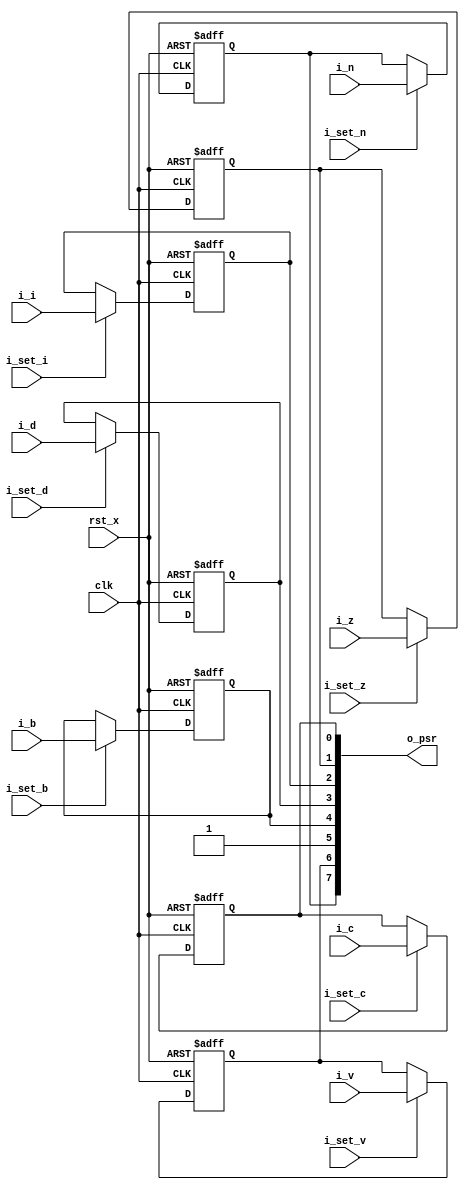
module MC6502ProcessorStatusRegister(
    clk,
    rst_x,
    i_c,
    i_set_c,
    i_i,
    i_set_i,
    i_v,
    i_set_v,
    i_d,
    i_set_d,
    i_n,
    i_set_n,
    i_z,
    i_set_z,
    i_b,
    i_set_b,
    o_psr);

  input        clk;
  input        rst_x;
  input        i_c;
  input        i_set_c;
  input        i_i;
  input        i_set_i;
  input        i_v;
  input        i_set_v;
  input        i_d;
  input        i_set_d;
  input        i_n;
  input        i_set_n;
  input        i_z;
  input        i_set_z;
  input        i_b;
  input        i_set_b;
  output [7:0] o_psr;

  reg          r_n;
  reg          r_v;
  reg          r_b;
  reg          r_d;
  reg          r_i;
  reg          r_z;
  reg          r_c;

  assign o_psr = { r_n, r_v, 1'b1, r_b, r_d, r_i, r_z, r_c };

  always @ (posedge clk or negedge rst_x) begin
    if (!rst_x) begin
      r_n <= 1'b0;
      r_v <= 1'b0;
      r_b <= 1'b0;
      r_d <= 1'b0;
      r_i <= 1'b0;
      r_z <= 1'b0;
      r_c <= 1'b0;
    end else begin
      if (i_set_c) begin
        r_c <= i_c;
      end
      if (i_set_i) begin
        r_i <= i_i;
      end
      if (i_set_v) begin
        r_v <= i_v;
      end
      if (i_set_d) begin
        r_d <= i_d;
      end
      if (i_set_n) begin
        r_n <= i_n;
      end
      if (i_set_z) begin
        r_z <= i_z;
      end
      if (i_set_b) begin
        r_b <= i_b;
      end
    end
  end
endmodule